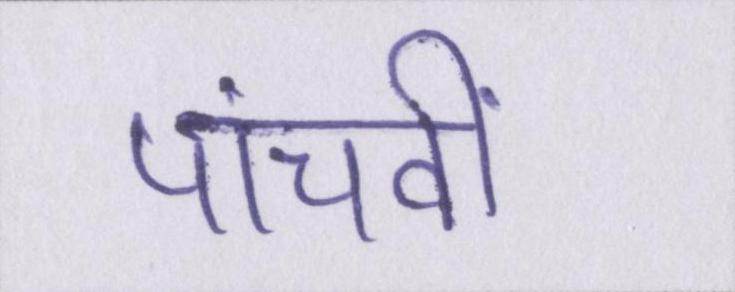
पांचवीं